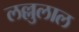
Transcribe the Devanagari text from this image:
लल्लुलाल